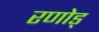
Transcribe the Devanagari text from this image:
रणोड्